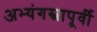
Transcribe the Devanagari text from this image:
अभ्यंगस्नापूर्वी